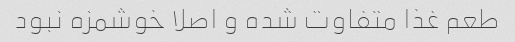
طعم غذا متفاوت شده و اصلا خوشمزه نبود